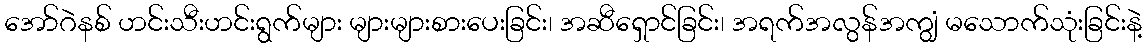
အော်ဂဲနစ် ဟင်းသီးဟင်းရွက်များ များများစားပေးခြင်း၊ အဆီရှောင်ခြင်း၊ အရက်အလွန်အကျွံ မသောက်သုံးခြင်းနဲ့